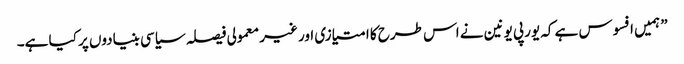
” ہمیں افسوس ہے کہ یورپی یونین نے اس طرح کا امتیازی اور غیر معمولی فیصلہ سیاسی بنیادوں پر کیا ہے۔